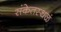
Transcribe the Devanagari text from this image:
संकेतस्थळं